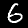
Digit: 6